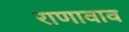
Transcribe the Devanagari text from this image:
राणावाव